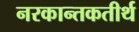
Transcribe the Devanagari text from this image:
नरकान्तकतीर्थ